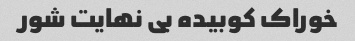
خوراک کوبیده بی نهایت شور